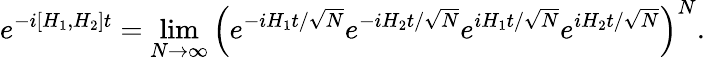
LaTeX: e^{-i[H_{1},H_{2}]t}=\operatorname*{lim}_{{N\to\infty}}\left(e^{-iH_{1}t/\sqrt{N}}e^{-iH_{2}t/\sqrt{N}}e^{iH_{1}t/\sqrt{N}}e^{iH_{2}t/\sqrt{N}}\right)^{N}.